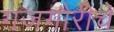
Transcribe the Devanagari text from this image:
गजगौरीचे